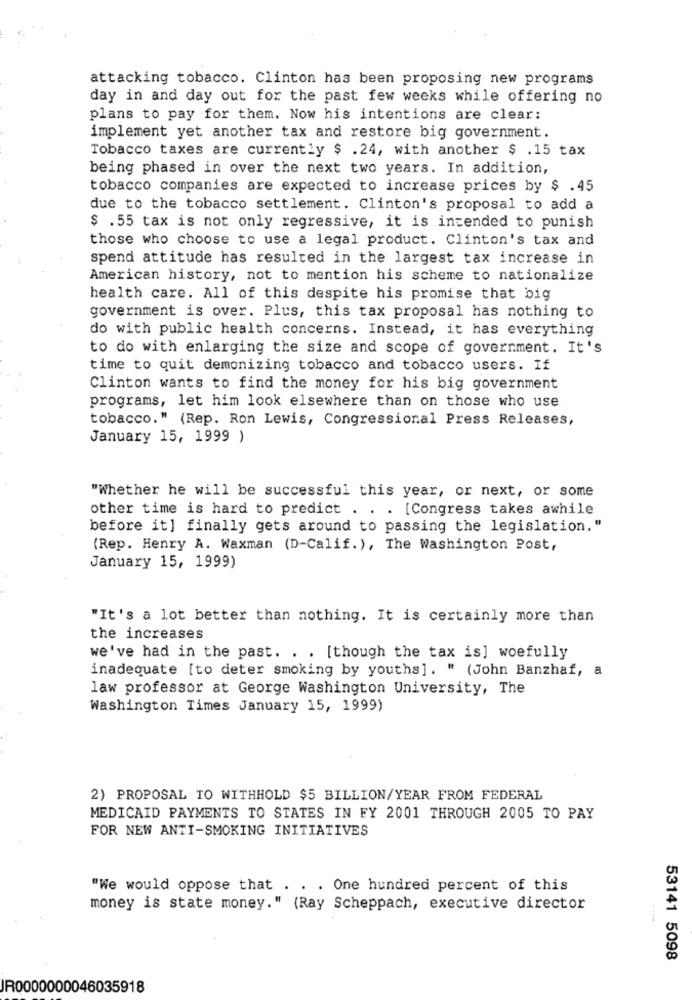
attacking tobacco. Clinton has been proposing new programs
day in and day out for the past few weeks while offering no
plans to pay for them. Now his intentions are clear:
implement yet another tax and restore big government.
Tobacco taxes are currently $ .24, with another $ .15 tax
being phased in over the next two years. In addition,
tobacco companies are expected to increase prices by $ .45
due to the tobacco settlement. Clinton's proposal to add a
$ .55 tax is not only regressive, it is intended to punish
those who choose to use a legal product. Clinton's tax and
spend attitude has resulted in the largest tax increase in
American history, not to mention his scheme to nationalize
health care. All of this despite his promise that big
government is over. Plus, this tax proposal has nothing to
do with public health concerns. Instead, it has everything
to do with enlarging the size and scope of government. It's
time to quit demonizing tobacco and tobacco users. If
Clinton wants to find the money for his big government
programs, let him look elsewhere than on those who use
tobacco." (Rep. Ron Lewis, Congressional Press Releases,
January 15, 1999 )
"Whether he will be successful this year, or next, or some
other time is hard to predict . . . [Congress takes awhile
before it] finally gets around to passing the legislation."
(Rep. Henry A. Waxman (D-Calif.), The Washington Post,
January 15, 1999)
"It's a lot better than nothing. It is certainly more than
the increases
we've had in the past. . . [though the tax is] woefully
inadequate [to deter smoking by youths]. " (John Banzhaf, a
law professor at George Washington University, The
Washington Times January 15, 1999)
2) PROPOSAL TO WITHHOLD $5 BILLION/YEAR FROM FEDERAL
MEDICAID PAYMENTS TO STATES IN FY 2001 THROUGH 2005 TO PAY
FOR NEW ANTI-SMOKING INITIATIVES
"We would oppose that . . . One hundred percent of this
money is state money." (Ray Scheppach, executive director
53141 5098
JR0000000046035918